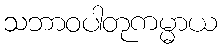
သဘာဝပါတုကမ္မာယ